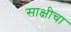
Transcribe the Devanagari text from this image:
साक्षीचा